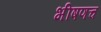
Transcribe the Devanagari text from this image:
भीषणच